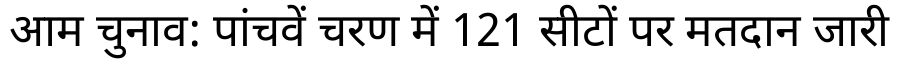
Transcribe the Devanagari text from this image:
आम चुनाव: पांचवें चरण में 121 सीटों पर मतदान जारी